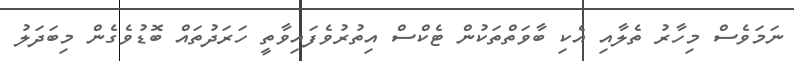
ނަމަވެސް މިހާރު ތެލާއި އެކި ބާވަތްތަކުން ޓެކްސް އިތުރުވެފައިވާތީ ހަރަދުތައް ބޮޑުވެގެން މިބަދަލު